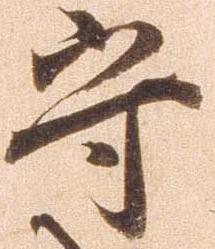
守